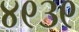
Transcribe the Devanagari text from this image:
४९३९